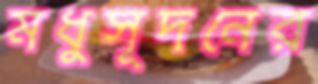
মধুসূদনের